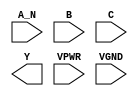
module sky130_fd_sc_hs__nand3b (
    //# {{data|Data Signals}}
    input  A_N ,
    input  B   ,
    input  C   ,
    output Y   ,

    //# {{power|Power}}
    input  VPWR,
    input  VGND
);
endmodule